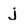
Character: j